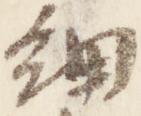
細